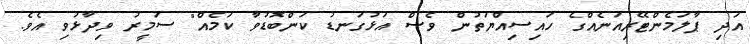
އަދި ޕާލަމެންޓޭރިއަނެއްގެ ހައިސިއްޔަތުން ވެސް އަޅުގަނޑު ކަންބޮޑުވާ ކަމެއް" ސަމީރު ވިދާޅުވި އެވެ.